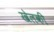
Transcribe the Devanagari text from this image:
खेलकी